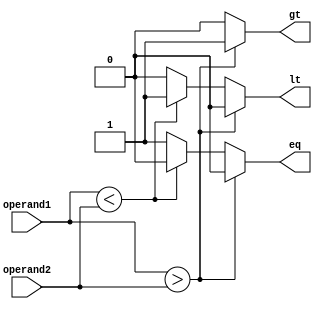
module magnitude_comparator (
    input [7:0] operand1,
    input [7:0] operand2,
    output reg gt,  // greater than
    output reg lt,  // less than
    output reg eq   // equal
);

always @* begin
    if (operand1 > operand2) begin
        gt = 1;
        lt = 0;
        eq = 0;
    end else if (operand1 < operand2) begin
        gt = 0;
        lt = 1;
        eq = 0;
    end else begin
        gt = 0;
        lt = 0;
        eq = 1;
    end
end

endmodule